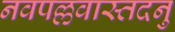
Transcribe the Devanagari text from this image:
नवपल्लवास्तदनु